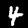
Label: 4